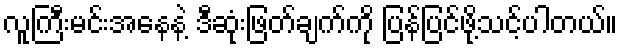
လူကြီးမင်းအနေနဲ့ ဒီဆုံးဖြတ်ချက်ကို ပြန်ပြင်ဖို့သင့်ပါတယ်။